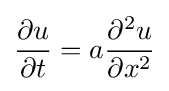
{\frac {\partial u}{\partial t}}=a{\frac {\partial ^{2}u}{\partial x^{2}}}